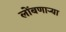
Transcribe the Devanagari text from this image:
लोंबणार्‍या